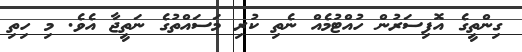
ގިންތީގެ އޮފިސަރުން ހުއްޓުމެއް ނެތި ކުރި މަސައްތުގެ ނަތީޖާ އެވެ. މި ހިތި